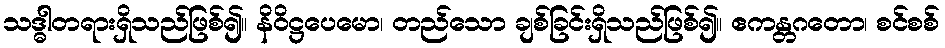
သဒ္ဓါတရားရှိသည်ဖြစ်၍။ နိဝိဋ္ဌပေမော၊ တည်သော ချစ်ခြင်းရှိသည်ဖြစ်၍။ ဧကန္တဂတော၊ စင်စစ်